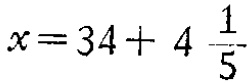
$x = 34 + 4\frac{1}{5}$